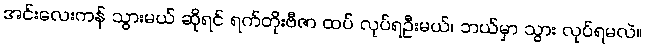
အင်းလေးကန် သွားမယ် ဆိုရင် ရက်တိုးဗီဇာ ထပ် လုပ်ရဦးမယ်၊ ဘယ်မှာ သွား လုပ်ရမလဲ။